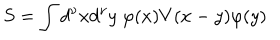
S = \int d ^ { \nu } x d ^ { \nu } y ~ \varphi ( x ) V ( x - y ) \varphi ( y )